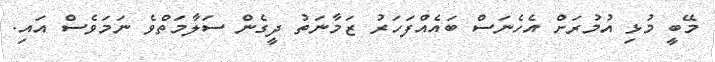
މޭބީ މުޅި އުމުރަށް އެހެނަސް ބައެއްފަހަރު ޒަމާނަތު ދީގެން ސަލާމަތްވެ ނަމަވެސް އައި.